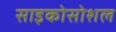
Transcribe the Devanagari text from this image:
साइकोसोशल